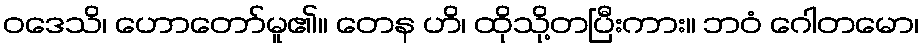
ဝဒေသိ၊ ဟောတော်မူ၏။ တေန ဟိ၊ ထိုသို့တပြီးကား။ ဘဝံ ဂေါတမော၊